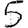
Digit: 5